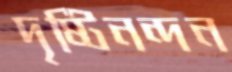
দৃষ্টিনন্দন